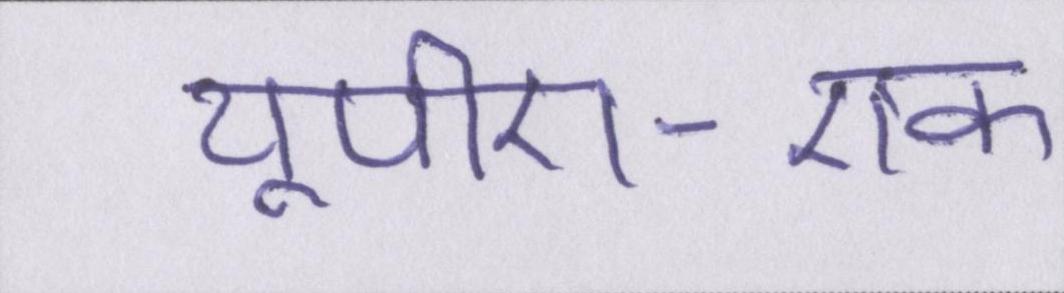
यूपीए-एक